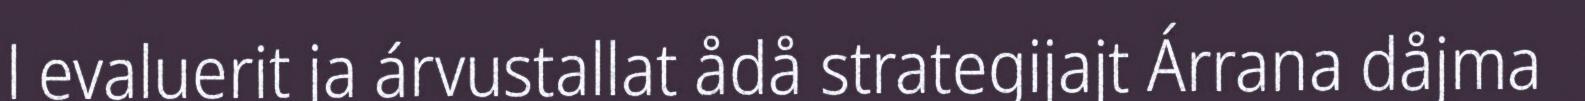
l evaluerit ja árvustallat ådå strategijajt Árrana dåjma